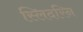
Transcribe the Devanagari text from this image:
स्लिदरिन